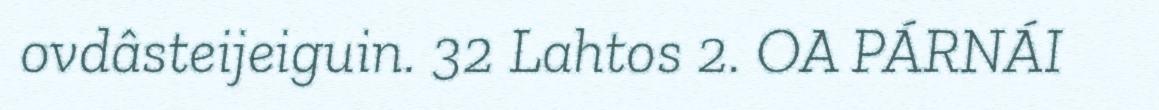
ovdâsteijeiguin. 32 Lahtos 2. OA PÁRNÁI